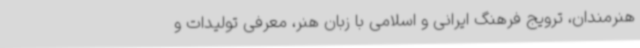
هنرمندان، ترویج فرهنگ ایرانی و اسلامی با زبان هنر، معرفی تولیدات و